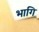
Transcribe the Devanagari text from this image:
भागि